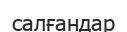
салғандар